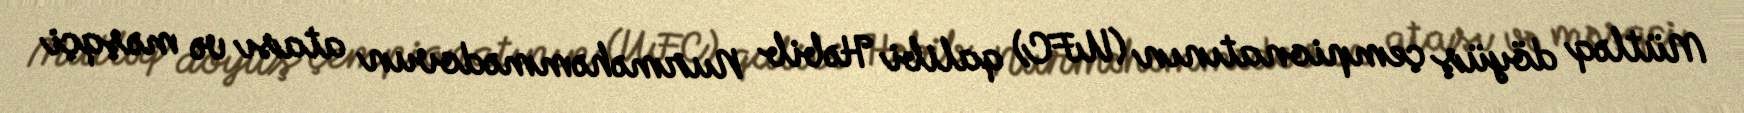
Mütləq döyüş çempionatının (UFC) qalibi Həbib Nurməhəmmədovun atası və məşqçi